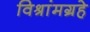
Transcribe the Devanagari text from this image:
विश्रांमग्रहे